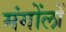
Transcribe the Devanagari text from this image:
मंगोंलों